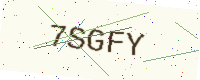
Text: 7SGFY